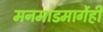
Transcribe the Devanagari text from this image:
मनमाडमार्गेही